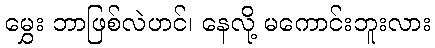
မွှေး ဘာဖြစ်လဲဟင်၊ နေလို့ မကောင်းဘူးလား